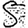
Digit: 5